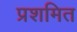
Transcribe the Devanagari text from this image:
प्रशमित